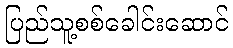
ပြည်သူ့စစ်ခေါင်းဆောင်